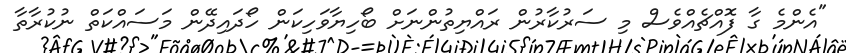
"އެންމެ ގާ ފޮއްޗެއްވެސް މި ސަރުކާރުން ރައްޔިތުންނަށް ބޯހިޔާވަހިކަން ހޯދައިދޭން މަސައްކަތް ނުކުރާތާ